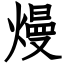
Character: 熳